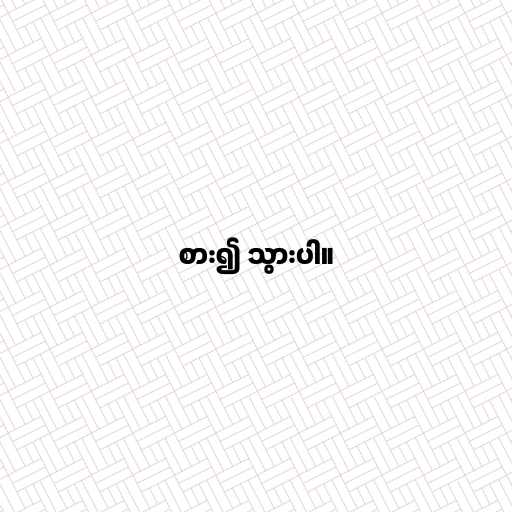
စား၍ သွားပါ။